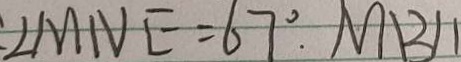
\angle M N E = 6 7 ^ { \circ } . M B / /